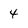
Character: 4